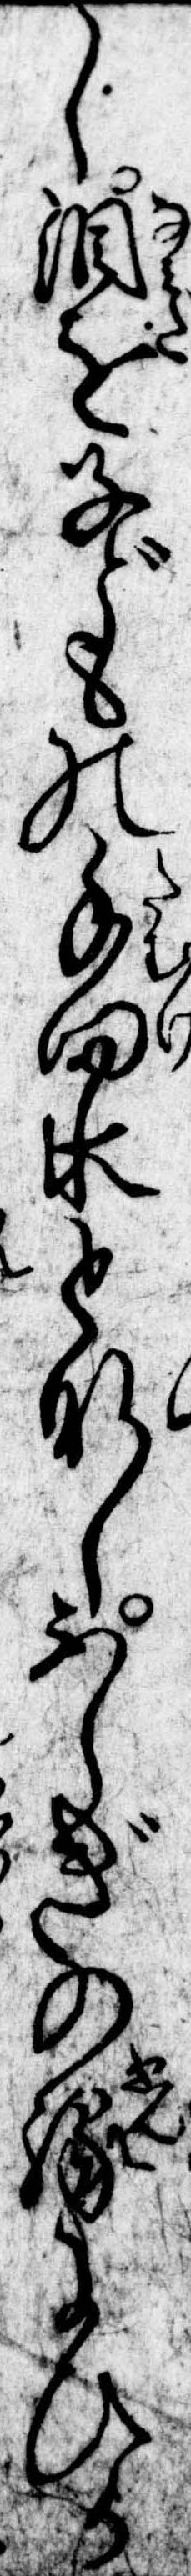
し涙を子どもの手向水となしふしぎの縁にひか